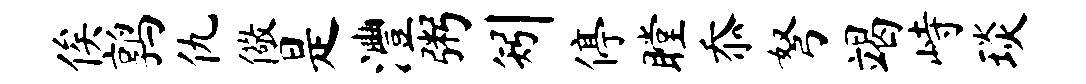
俟鹑仇儆是澧粥矧停瞠忝弩竭峙琰